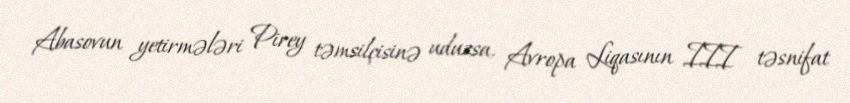
Abasovun yetirmələri Pirey təmsilçisinə uduzsa, Avropa Liqasının III təsnifat